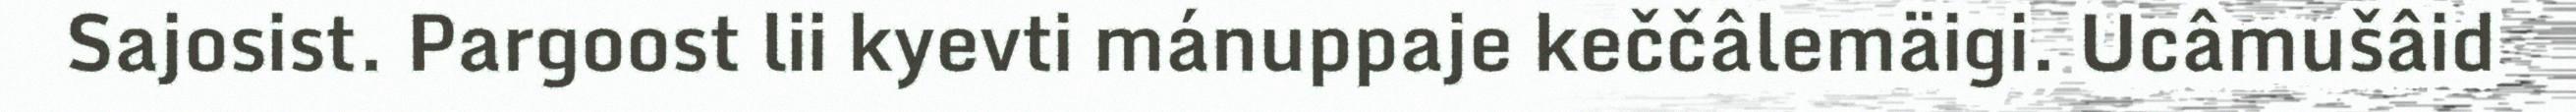
Sajosist. Pargoost lii kyevti mánuppaje keččâlemäigi. Ucâmušâid